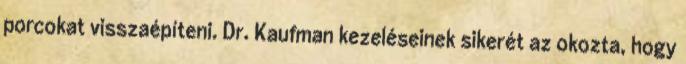
porcokat visszaépíteni. Dr. Kaufman kezeléseinek sikerét az okozta, hogy